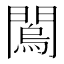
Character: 𨶇